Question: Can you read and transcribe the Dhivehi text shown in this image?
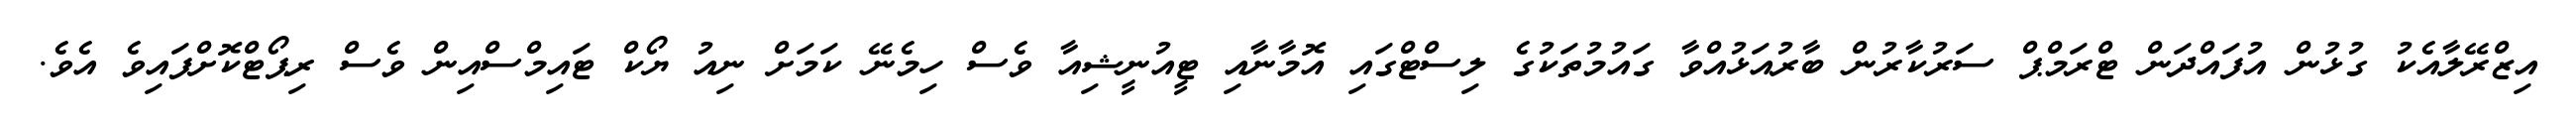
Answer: އިޒްރޭލާއެކު ގުޅުން އުފައްދަން ޓްރަމްޕް ސަރުކާރުން ބާރުއަޅުއްވާ ގައުމުތަކުގެ ލިސްޓްގައި އޮމާނާއި ޓީއުނީޝިއާ ވެސް ހިމެނޭ ކަމަށް ނިއު ޔޯކް ޓައިމްސްއިން ވެސް ރިޕޯޓްކޮށްފައިވެ އެވެ.